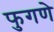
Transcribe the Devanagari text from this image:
फुगणे